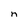
Character: n